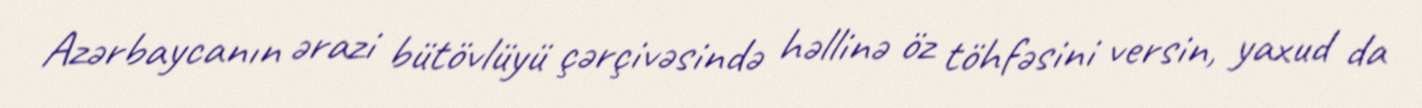
Azərbaycanın ərazi bütövlüyü çərçivəsində həllinə öz töhfəsini versin, yaxud da